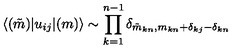
\langle ( \tilde { m } ) | u _ { i j } | ( m ) \rangle \sim \prod _ { k = 1 } ^ { n - 1 } \delta _ { \tilde { m } _ { k n } , m _ { k n } + \delta _ { k j } - \delta _ { k n } }